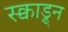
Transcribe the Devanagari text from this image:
स्क्वाड्र्न